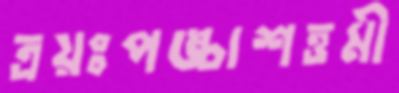
ত্রয়ঃপঙ্চাশত্তমী